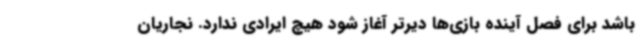
باشد برای فصل آینده بازی‌ها دیرتر آغاز شود هیچ ایرادی ندارد. نجاریان